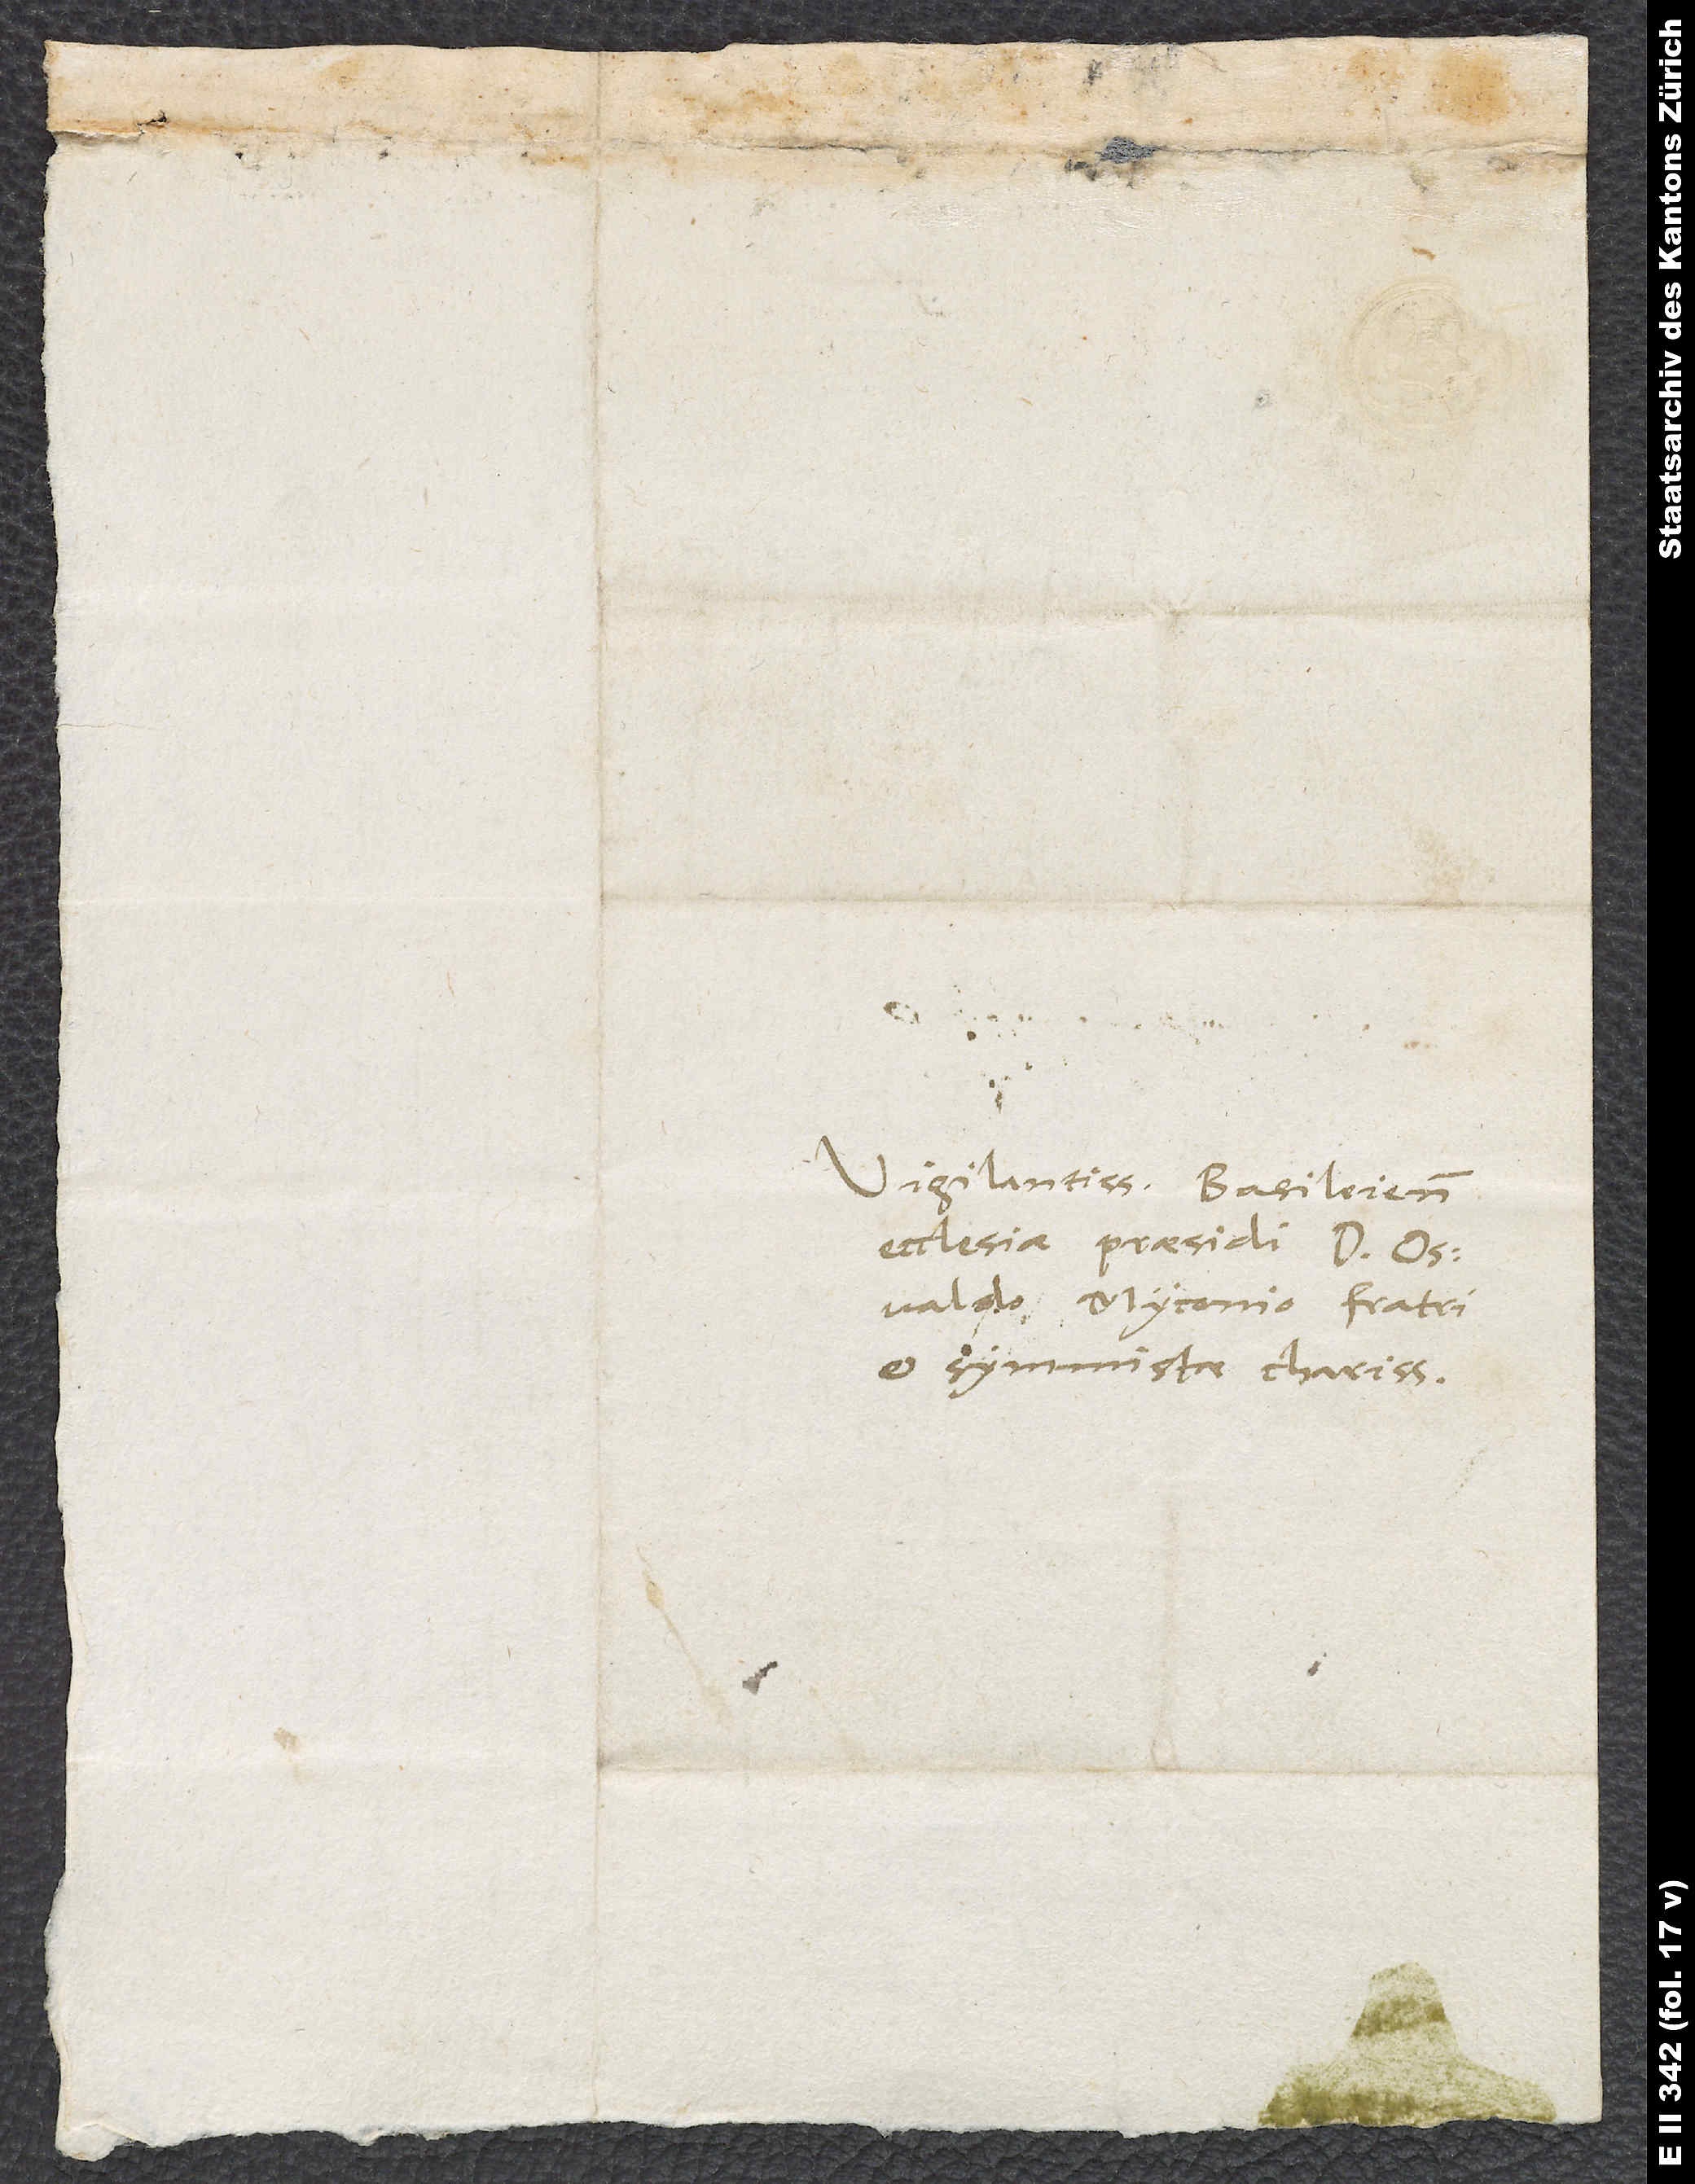
Vigilantissimo Basileiensis
ecclesiae praesidi d. Osvaldo
Myconio, fratri
et symmistae charissimo.